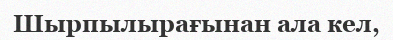
Шырпылырағынан ала кел,